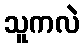
သူကလဲ